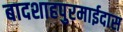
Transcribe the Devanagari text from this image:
बादशाहपुरमाईदास